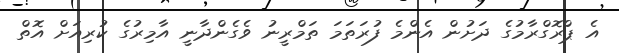
އެ ޕްރޮގްރާމުގެ ދަށުން އެންމެ ފުރަތަމަ ތަމްރީނު ވެގެންދާނީ އާމިރުގެ ކުރިއަށް އޮތް